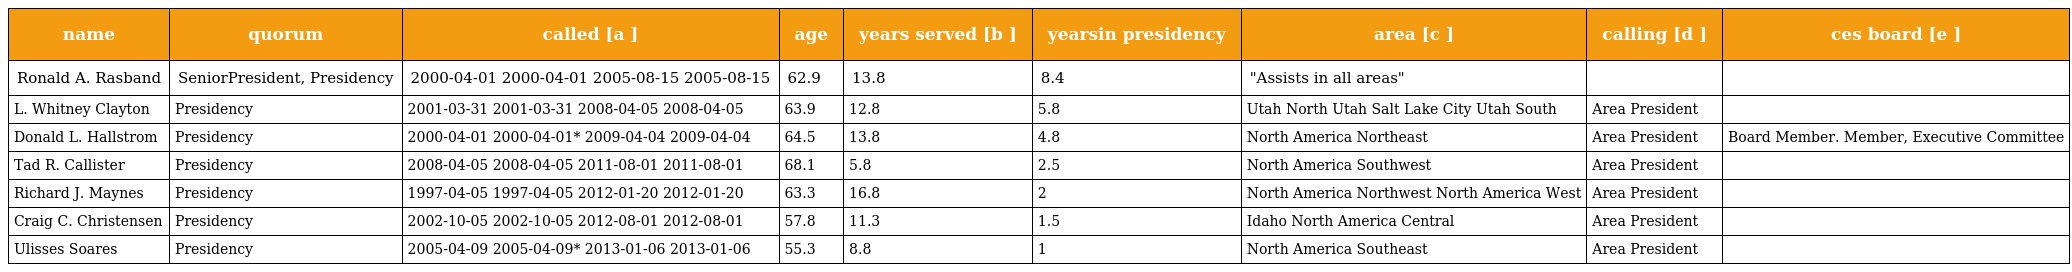
| name | quorum | called [a ] | age | years served [b ] | yearsin presidency | area [c ] | calling [d ] | ces board [e ] |
 | --- | --- | --- | --- | --- | --- | --- | --- | --- |
 | Ronald A. Rasband | SeniorPresident, Presidency | 2000-04-01 2000-04-01 2005-08-15 2005-08-15 | 62.9 | 13.8 | 8.4 | "Assists in all areas" |  |  |
 | L. Whitney Clayton | Presidency | 2001-03-31 2001-03-31 2008-04-05 2008-04-05 | 63.9 | 12.8 | 5.8 | Utah North Utah Salt Lake City Utah South | Area President |  |
 | Donald L. Hallstrom | Presidency | 2000-04-01 2000-04-01* 2009-04-04 2009-04-04 | 64.5 | 13.8 | 4.8 | North America Northeast | Area President | Board Member. Member, Executive Committee |
 | Tad R. Callister | Presidency | 2008-04-05 2008-04-05 2011-08-01 2011-08-01 | 68.1 | 5.8 | 2.5 | North America Southwest | Area President |  |
 | Richard J. Maynes | Presidency | 1997-04-05 1997-04-05 2012-01-20 2012-01-20 | 63.3 | 16.8 | 2 | North America Northwest North America West | Area President |  |
 | Craig C. Christensen | Presidency | 2002-10-05 2002-10-05 2012-08-01 2012-08-01 | 57.8 | 11.3 | 1.5 | Idaho North America Central | Area President |  |
 | Ulisses Soares | Presidency | 2005-04-09 2005-04-09* 2013-01-06 2013-01-06 | 55.3 | 8.8 | 1 | North America Southeast | Area President |  |